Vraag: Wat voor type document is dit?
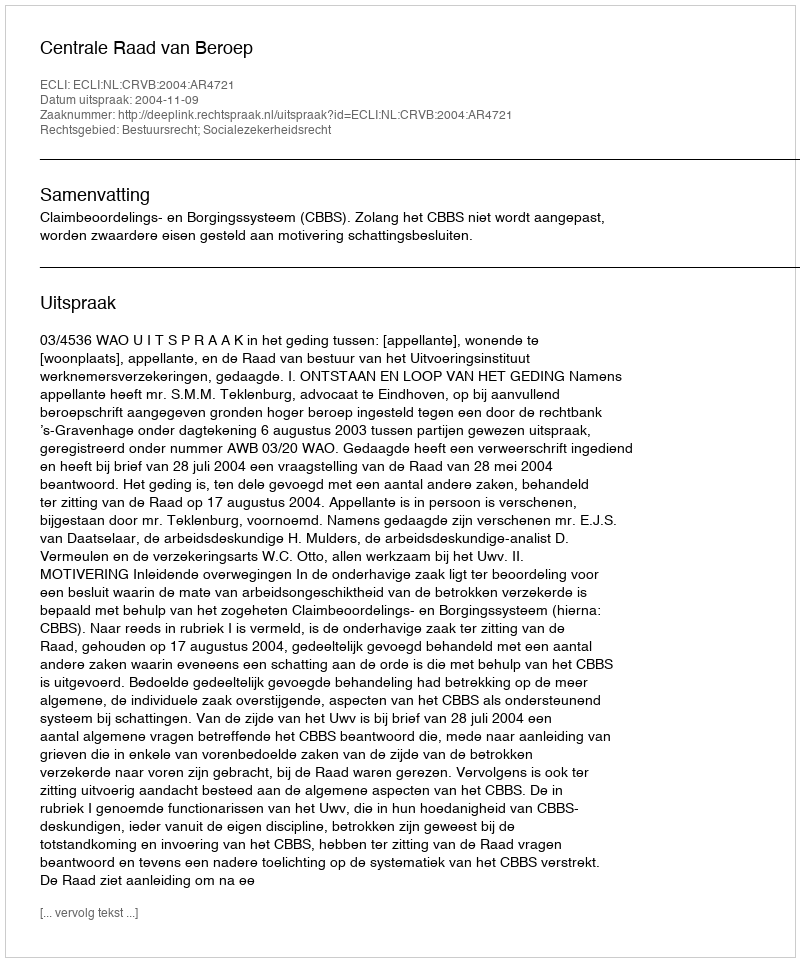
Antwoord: Uitspraak